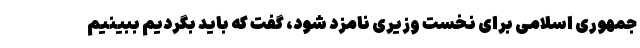
جمهوری اسلامی برای نخست وزیری نامزد شود، گفت که باید بگردیم ببینیم